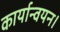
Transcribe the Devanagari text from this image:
कार्यान्‍वयन।